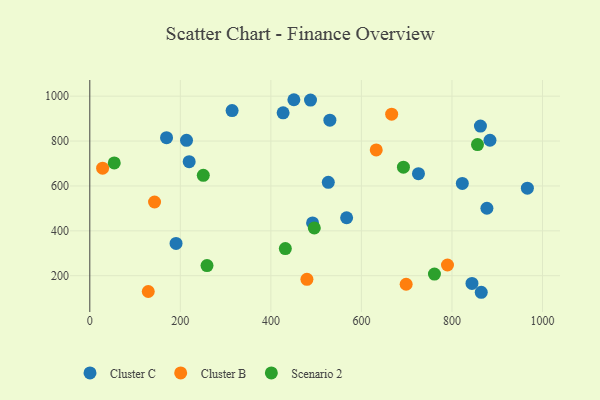
{"axis": {"x": "Ad Spend", "y": "Demand"}, "legend": ["Cluster B", "Cluster C", "Scenario 2"], "data": [{"x": "219.5", "y": 708.1, "type": "Cluster C"}, {"x": "487.5", "y": 982.6, "type": "Cluster C"}, {"x": "862.9", "y": 866.6, "type": "Cluster C"}, {"x": "877.2", "y": 500.6, "type": "Cluster C"}, {"x": "427.0", "y": 926.0, "type": "Cluster C"}, {"x": "314.3", "y": 935.7, "type": "Cluster C"}, {"x": "884.0", "y": 803.7, "type": "Cluster C"}, {"x": "169.5", "y": 815.1, "type": "Cluster C"}, {"x": "864.7", "y": 126.2, "type": "Cluster C"}, {"x": "822.9", "y": 611.1, "type": "Cluster C"}, {"x": "966.6", "y": 589.9, "type": "Cluster C"}, {"x": "213.6", "y": 803.2, "type": "Cluster C"}, {"x": "190.5", "y": 343.8, "type": "Cluster C"}, {"x": "726.0", "y": 654.9, "type": "Cluster C"}, {"x": "526.8", "y": 616.2, "type": "Cluster C"}, {"x": "844.2", "y": 165.5, "type": "Cluster C"}, {"x": "492.1", "y": 435.1, "type": "Cluster C"}, {"x": "450.8", "y": 984.2, "type": "Cluster C"}, {"x": "567.3", "y": 458.2, "type": "Cluster C"}, {"x": "530.3", "y": 892.9, "type": "Cluster C"}, {"x": "698.8", "y": 161.9, "type": "Cluster B"}, {"x": "143.0", "y": 528.5, "type": "Cluster B"}, {"x": "479.6", "y": 183.9, "type": "Cluster B"}, {"x": "129.1", "y": 129.7, "type": "Cluster B"}, {"x": "790.1", "y": 247.7, "type": "Cluster B"}, {"x": "28.3", "y": 679.0, "type": "Cluster B"}, {"x": "632.7", "y": 760.7, "type": "Cluster B"}, {"x": "666.8", "y": 920.0, "type": "Cluster B"}, {"x": "250.7", "y": 647.2, "type": "Scenario 2"}, {"x": "692.8", "y": 683.6, "type": "Scenario 2"}, {"x": "54.0", "y": 702.8, "type": "Scenario 2"}, {"x": "431.9", "y": 321.0, "type": "Scenario 2"}, {"x": "495.9", "y": 413.0, "type": "Scenario 2"}, {"x": "258.9", "y": 245.1, "type": "Scenario 2"}, {"x": "761.3", "y": 207.5, "type": "Scenario 2"}, {"x": "856.4", "y": 784.2, "type": "Scenario 2"}]}